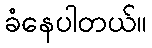
ခံနေပါတယ်။